Burma Government Medical School reports 1907-22
Year: 1907
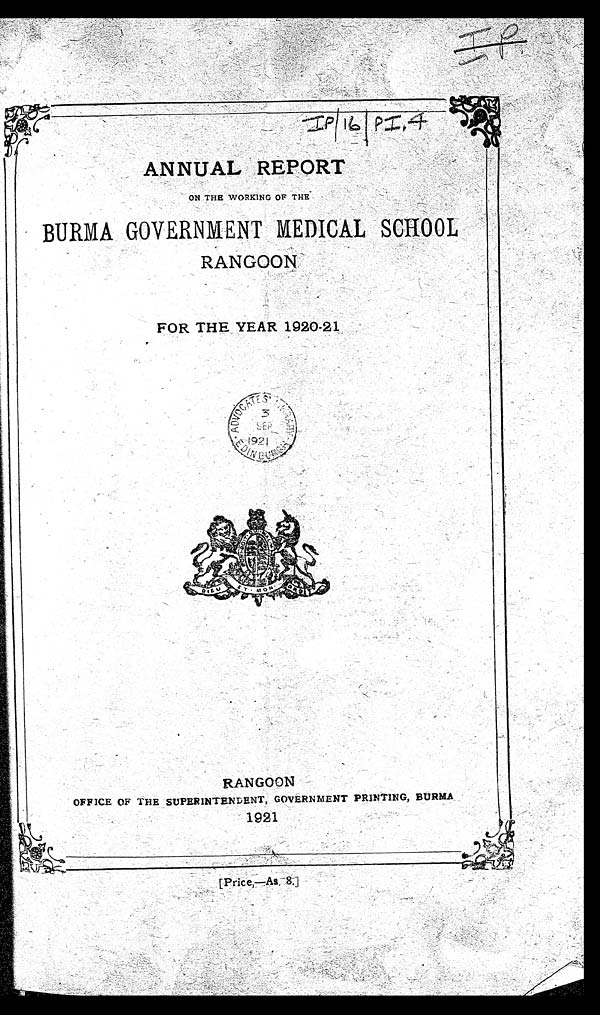
I P / 1 6 / P I . 4
ANNUAL REPORT
ON THE WORKING OF THE
BURMA GOVERNMENT MEDICAL SCHOOL
RANGOON
FOR THE YEAR 1920-21
RANGOON
OFFICE OF THE SUPERINTENDENT, GOVERNMENT PRINTING, BURMA
1921